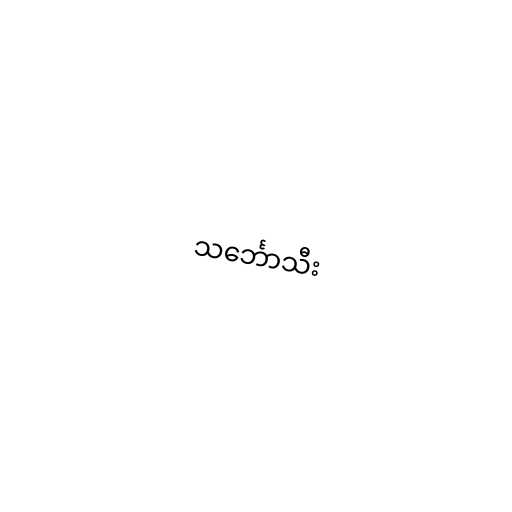
သင်္ဘောသီး